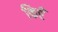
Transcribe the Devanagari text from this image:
किएँ